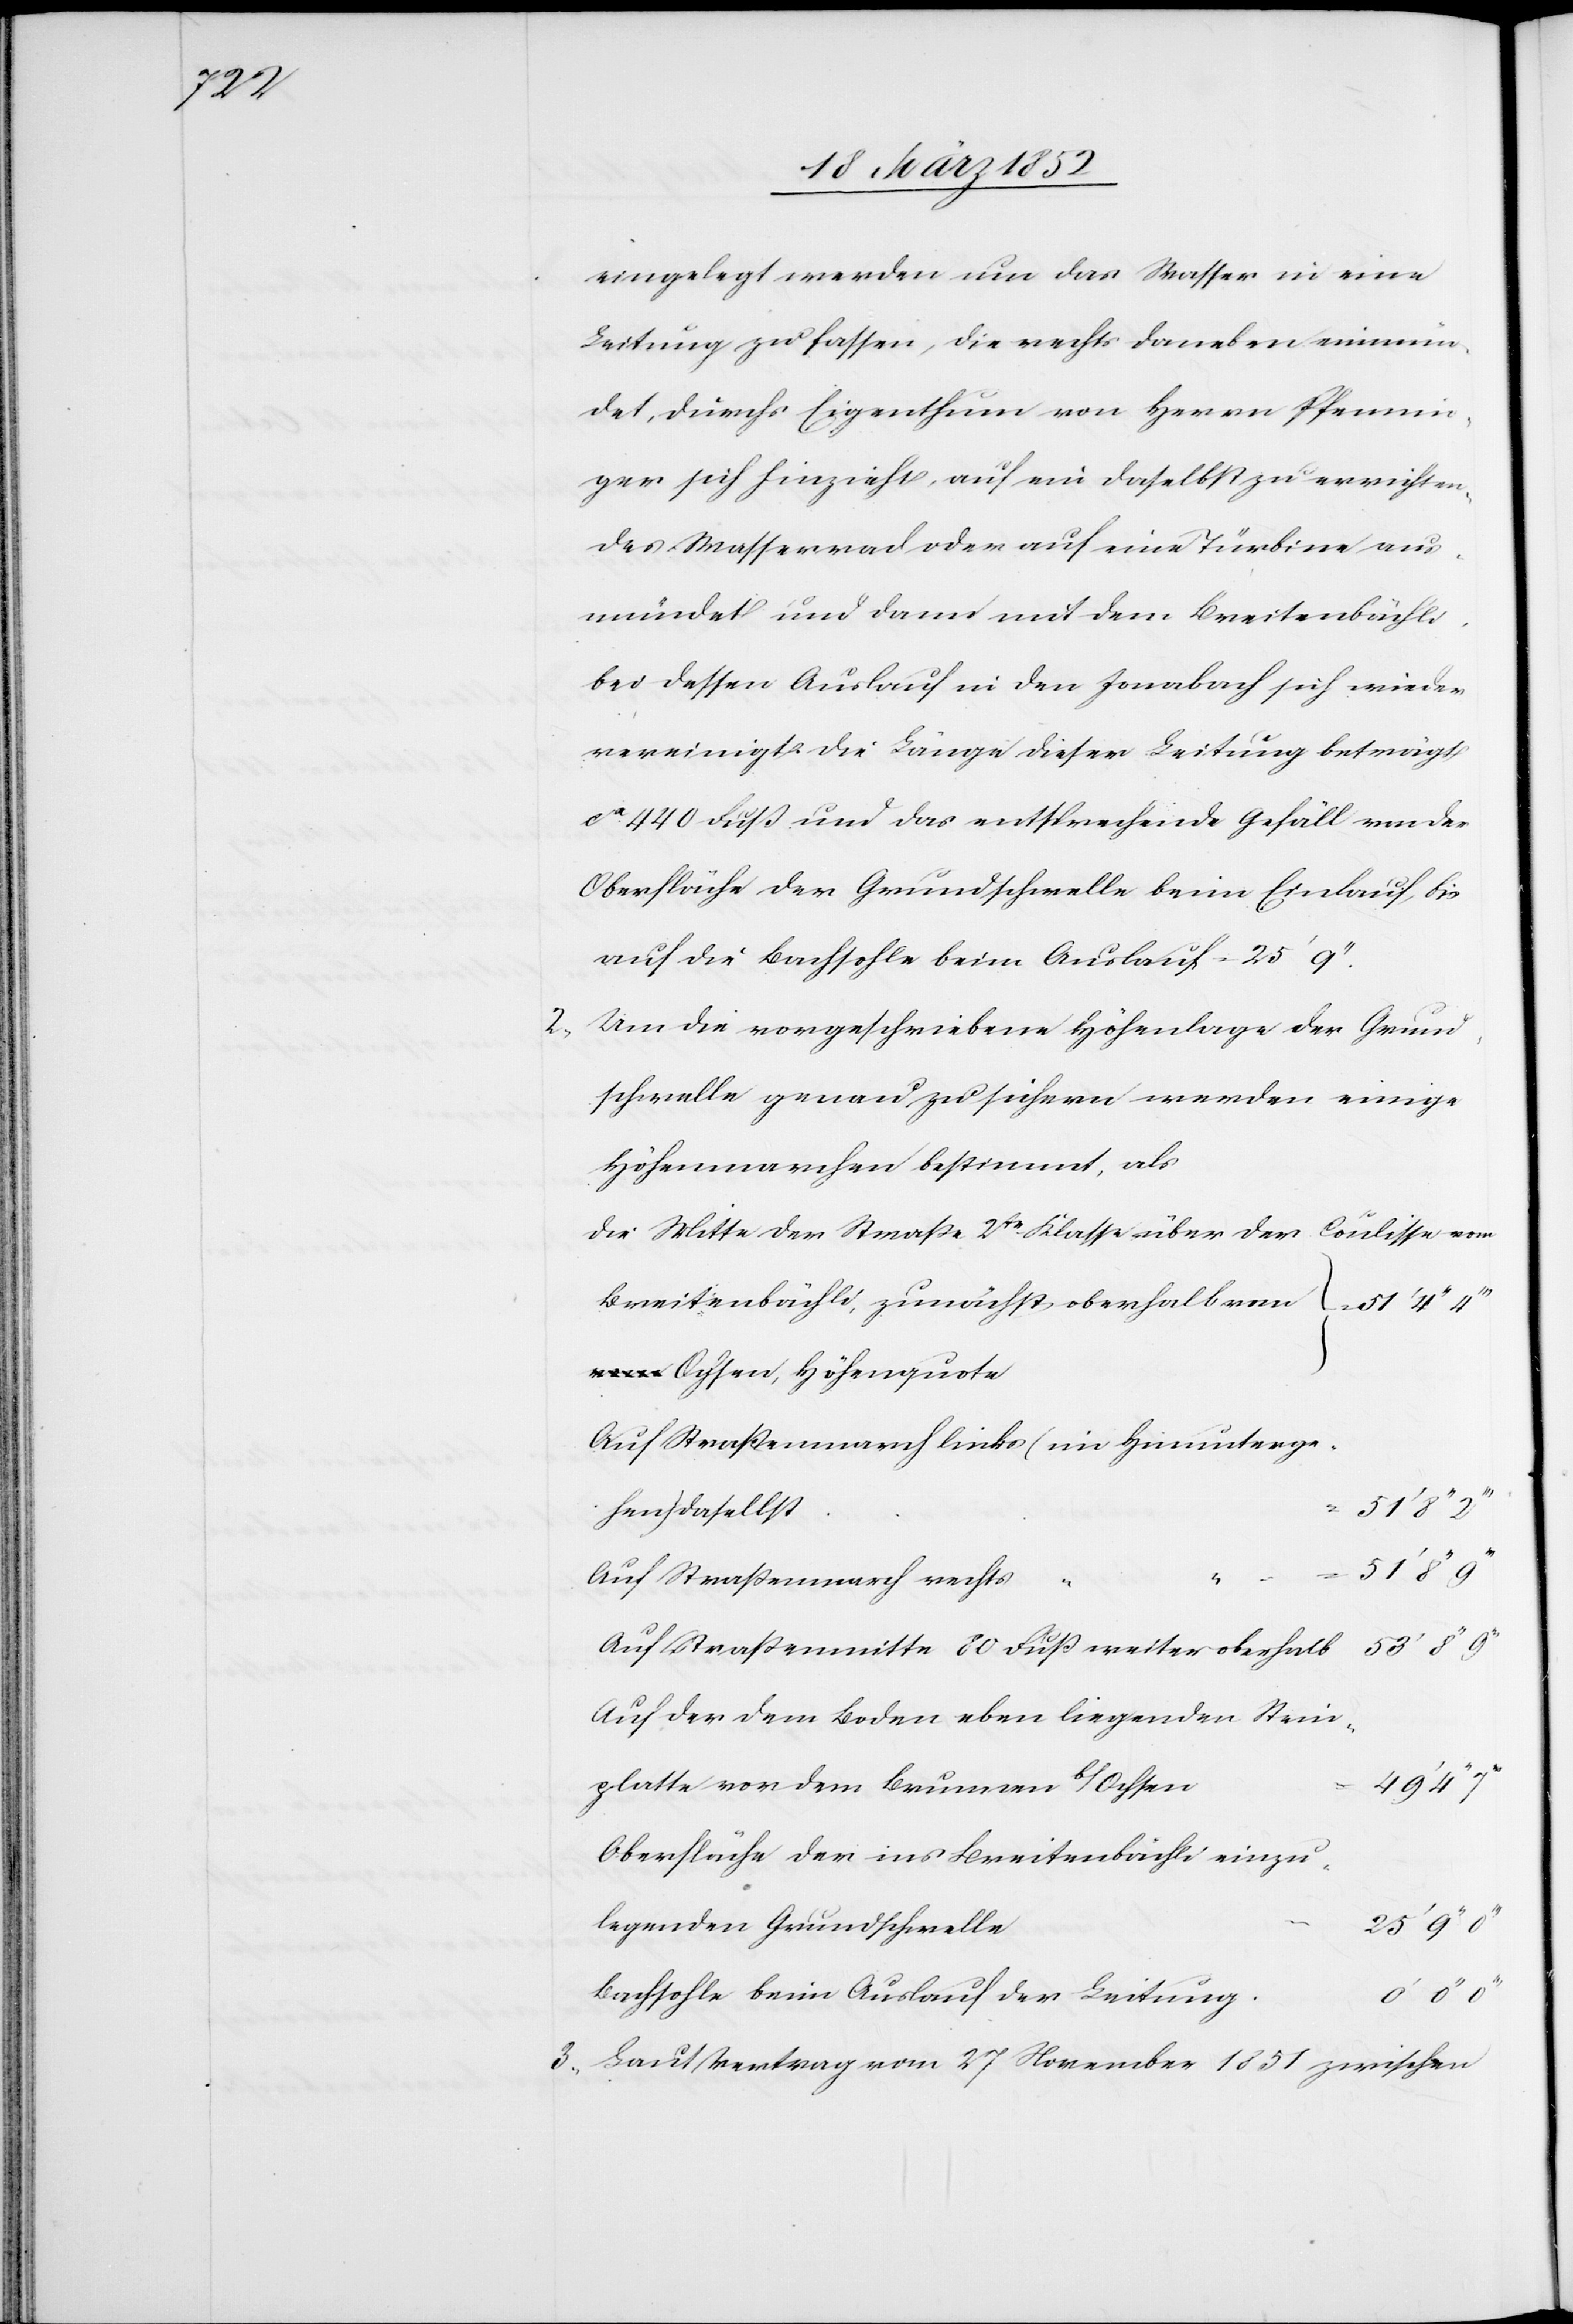
25‘

eingelegt werden um das Wasser in eine
Leitung zu fassen, die rechts daneben einmün¬
det, durchs Eigenthum von Herrn Pfennin¬
ger sich hinzieht, auf ein daselbst zu errichten¬
des Wasserrad oder auf eine Turbine aus¬
mündet und dann mit dem Breitenbächli
bei dessen Auslauf in den Jonabach sich wieder¬
vereinigt. Die Länge dieser Leitung beträgt
ca 440 Fuß und das entsprechende Gefäll von der
Oberfläche der Grundschwelle beim Einlauf, bis
auf die Bachsohle beim Auslauf = 25‘ 9‘‘.
Um die vorgeschriebene Höhenlage der Grund¬
schwelle genau zu sichern werden einige
Höhenmarchen bestimmt, als
die Mitte der Straße 2te Klasse über der Coulisse vom
Breitenbächli, zunächst oberhalb vo¬
m Ochsen, Höhenquote
Auf Straßenmarch links (im Hinunterge¬
hen) daselbst
51‘ 8‘‘
Auf Straßenmarch rechts
Auf Straßenmitte 80 Fuß weiter oberhalb
Auf der dem Boden eben liegenden Stein¬
platte vor dem Brunnen b/Ochsen
Oberfläche der ins Breitenbächli einzu¬
legenden Grundschwelle
Bachsohle beim Auslauf der Leitung
3) Laut Vertrag vom 27 November 1851 zwischen